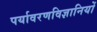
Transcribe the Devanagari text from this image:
पर्यावरणविज्ञानियों